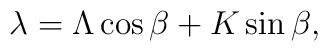
\lambda = \Lambda \cos{\beta} + K \sin{\beta} ,